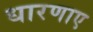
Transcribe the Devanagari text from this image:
धारणाए